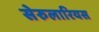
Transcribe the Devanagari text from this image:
सेरुलारियस